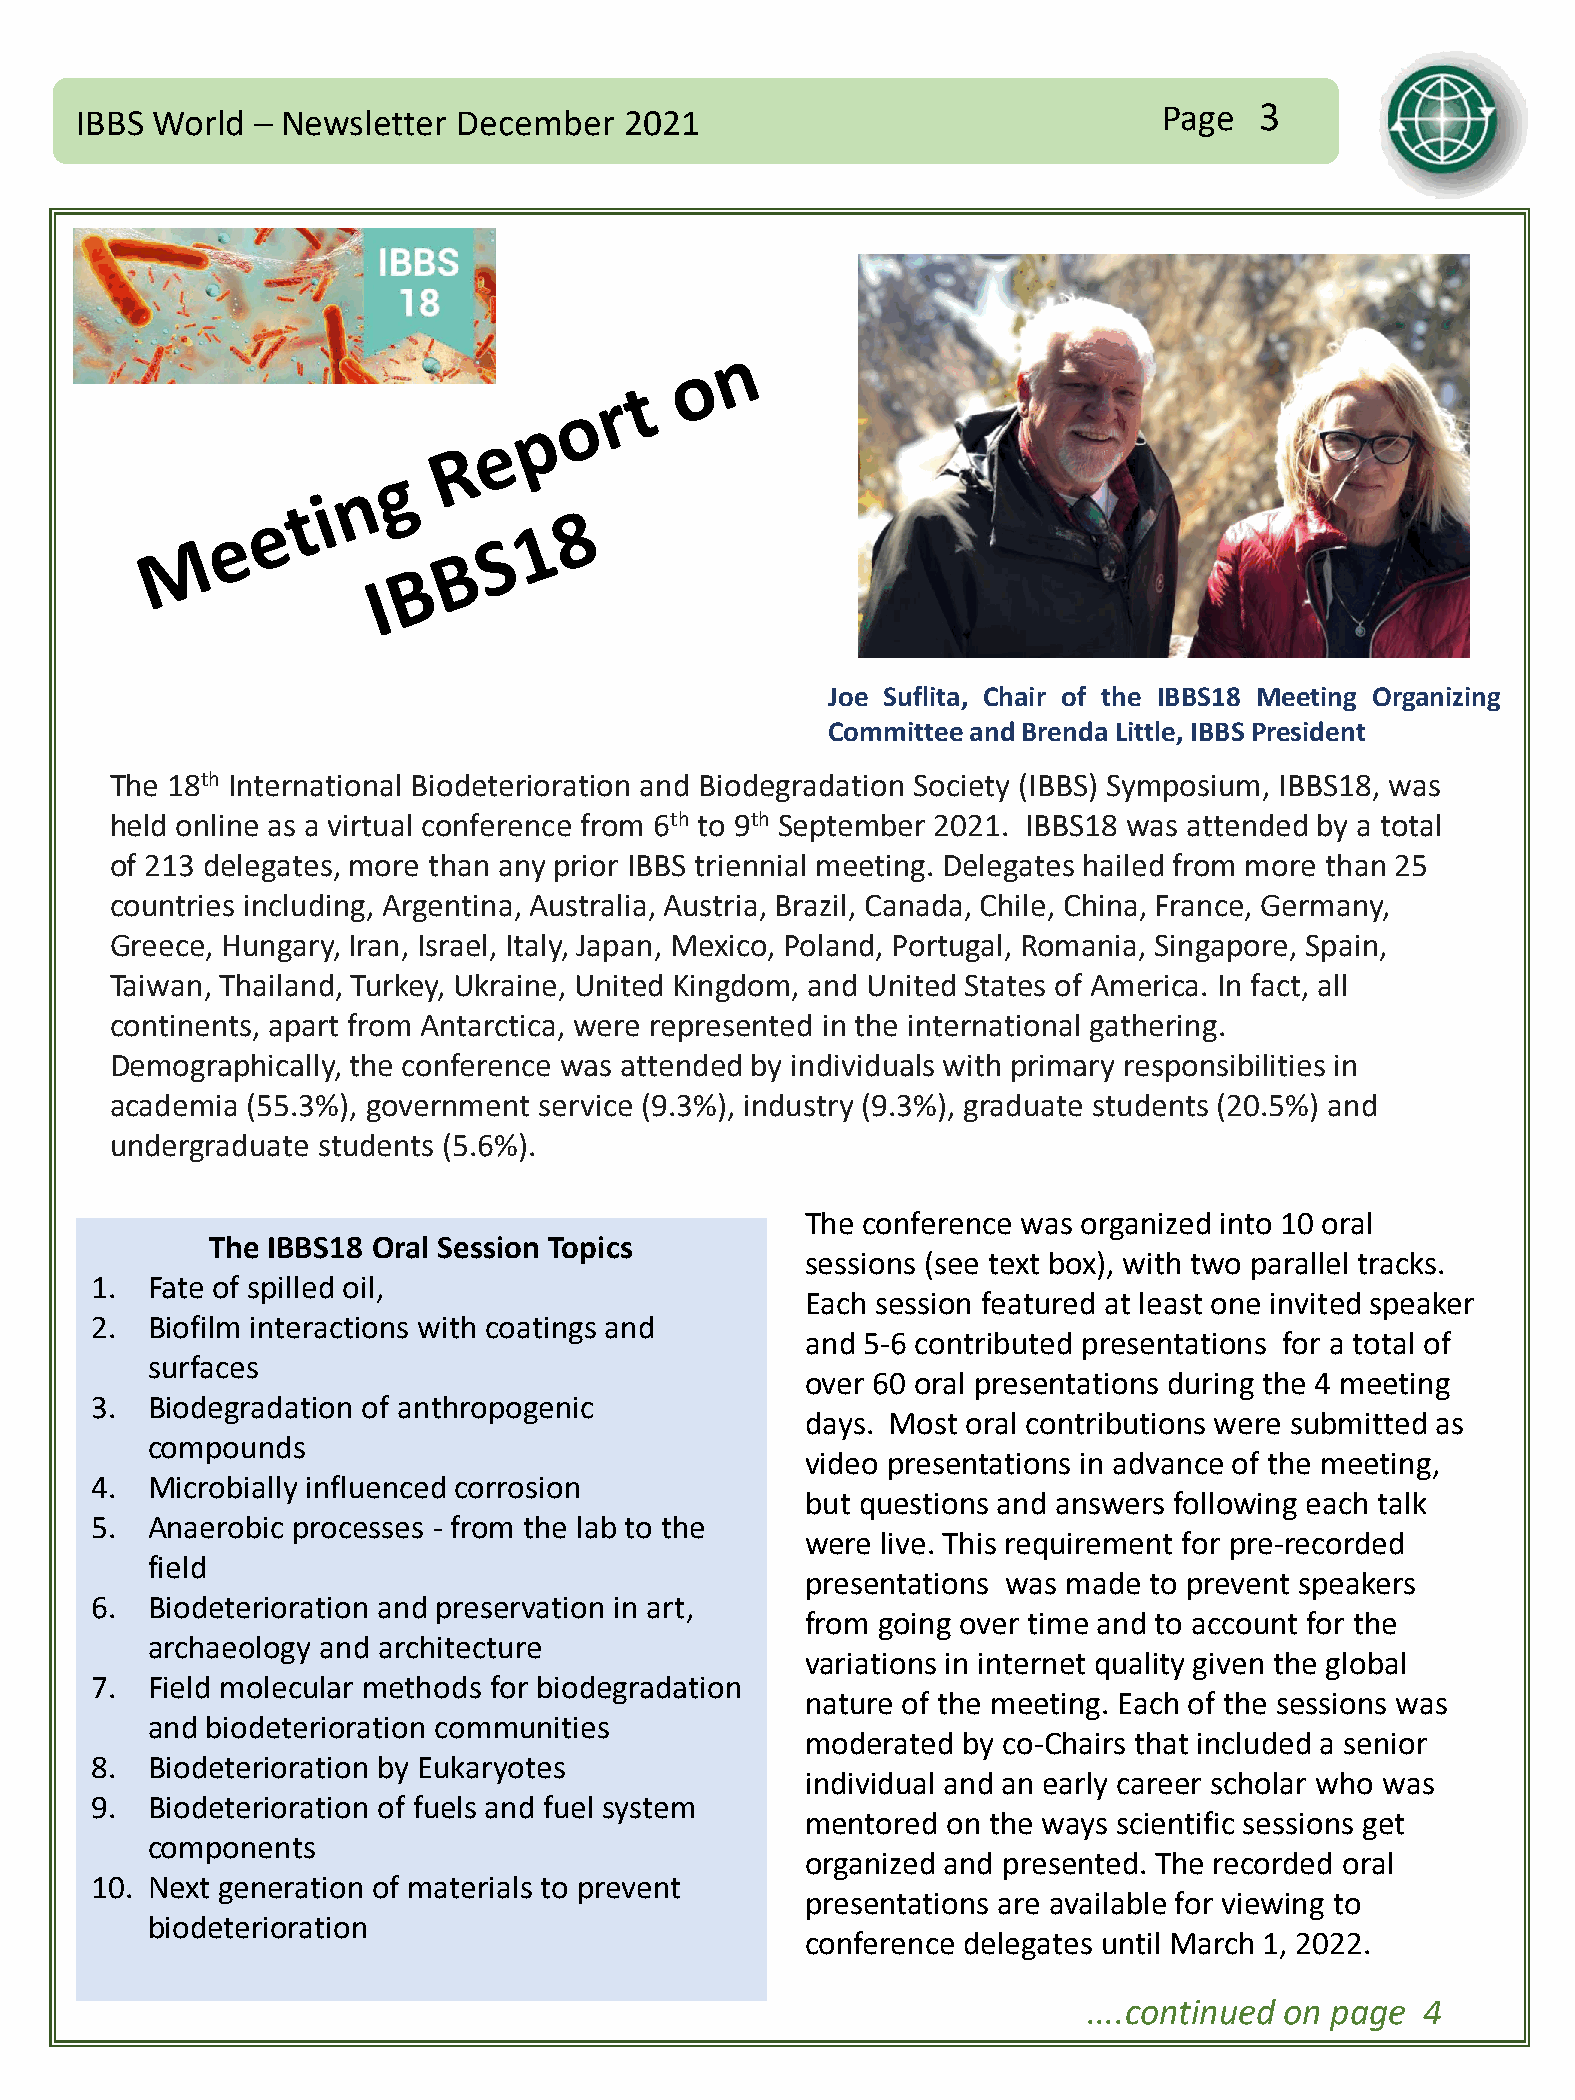
IBBS World  – Newsletter December   2021                                Page  3
 Joe Suflita, Chair of the IBBS18 Meeting Organizing
 CommitteeandBrendaLittle, IBBSPresident
 The 18th International Biodeterioration and Biodegradation Society (IBBS) Symposium, IBBS18, was
 held online as a virtual conference from 6th to 9th September 2021. IBBS18 was attended by a total
 of 213 delegates, more than any prior IBBS triennial meeting. Delegates hailed from more than 25
 countries including, Argentina, Australia, Austria, Brazil, Canada, Chile, China, France, Germany,
 Greece, Hungary, Iran, Israel, Italy, Japan, Mexico, Poland, Portugal, Romania, Singapore, Spain,
 Taiwan, Thailand, Turkey, Ukraine, United Kingdom, and United States of America. In fact, all
 continents, apart from Antarctica, were represented in the international gathering.
 Demographically, the conference was attended by individuals with primary responsibilities in
 academia (55.3%), government service (9.3%), industry (9.3%), graduate students (20.5%) and
 undergraduate students (5.6%).
 The conference was organized into 10 oral
 The IBBS18 Oral Session Topics
 sessions (see text box), with two parallel tracks.
 1.  Fate of spilled oil,
 Each session featured at least one invited speaker
 2.  Biofilm interactions with coatings and
 and 5-6 contributed presentations for a total of
 surfaces
 over 60 oral presentations during the 4 meeting
 3.  Biodegradation of anthropogenic
 days. Most oral contributions were submitted as
 compounds
 video presentations in advance of the meeting,
 4.  Microbially influenced corrosion
 but questions and answers following each talk
 5.  Anaerobic processes - from the lab to the
 were live. This requirement for pre-recorded
 field
 presentations was made to prevent speakers
 6.  Biodeterioration and preservation in art,
 from going over time and to account for the
 archaeology and architecture
 variations in internet quality given the global
 7.  Field molecular methods for biodegradation
 nature of the meeting. Each of the sessions was
 and biodeterioration communities
 moderated  by co-Chairs that included a senior
 8.  Biodeterioration by Eukaryotes
 individual and an early career scholar who was
 9.  Biodeterioration of fuels and fuel system
 mentored  on the ways scientific sessions get
 components
 organized and presented. The recorded oral
 10. Next generation of materials to prevent
 presentations are available for viewing to
 biodeterioration
 conference delegates until March 1, 2022.
 ....continued on page 4